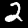
Label: 2